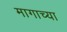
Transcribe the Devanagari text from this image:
मागाच्या